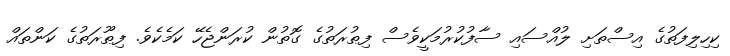
ކިހިލިފަތުގެ އިސްތަށި ލުއްސައި ސާފުކުރުމަކީވެސް ފިޠުރަތުގެ ގޮތުން ކުރަންޖެހޭ ކަމެކެވެ. ފިޠޫރަތުގެ ކަންތައް